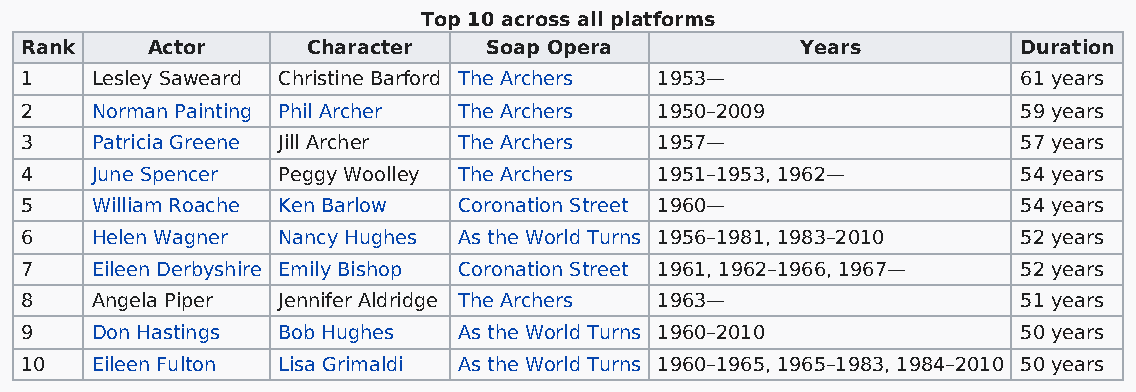
Top 10 across all platforms
 Rank     Actor     Character   Soap Opera           Years          Duration
 1    Lesley Saweard Christine Barford The Archers 1953—            61 years
 2    Norman Painting Phil Archer The Archers 1950–2009             59 years
 3    Patricia Greene Jill Archer The Archers 1957—                 57 years
 4    June Spencer Peggy Woolley The Archers 1951–1953, 1962—       54 years
 5    William Roache Ken Barlow Coronation Street 1960—             54 years
 6    Helen Wagner Nancy Hughes As the World Turns 1956–1981, 1983–2010 52 years
 7    Eileen Derbyshire Emily Bishop Coronation Street 1961, 1962–1966, 1967— 52 years
 8    Angela Piper Jennifer Aldridge The Archers 1963—              51 years
 9    Don Hastings Bob Hughes As the World Turns 1960–2010          50 years
 10   Eileen Fulton Lisa Grimaldi As the World Turns 1960–1965, 1965–1983, 1984–2010 50 years